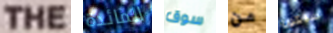
THE المائدة سوق من سيكون